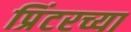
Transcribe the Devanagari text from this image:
प्रिंटरच्या